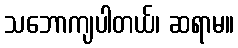
သဘောကျပါတယ်၊ ဆရာမ။